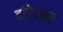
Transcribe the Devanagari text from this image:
दांडेश्वर